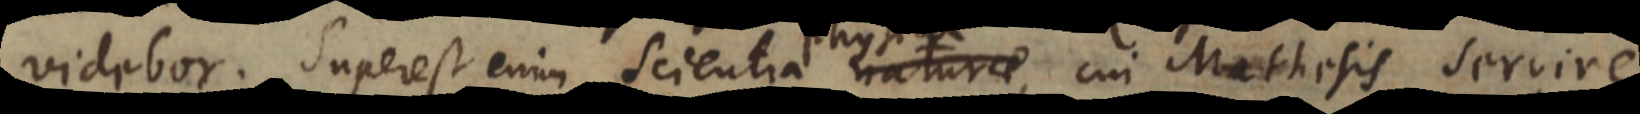
videbor. Superest enim Scientia naturae,, cui Mathesis servire